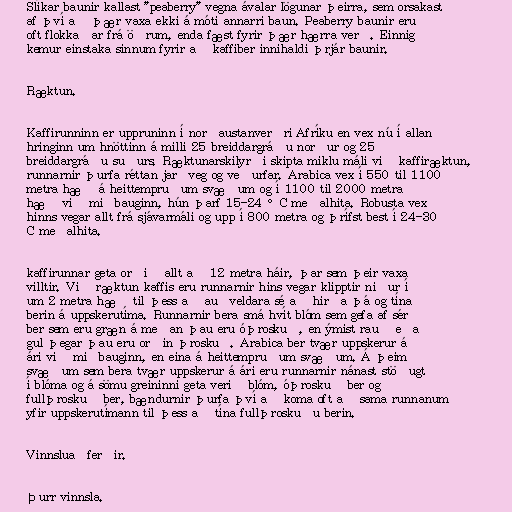
Slíkar baunir kallast "peaberry" vegna ávalar lögunar þeirra, sem orsakast
af því að þær vaxa ekki á móti annarri baun. Peaberry baunir eru
oft flokkaðar frá öðrum, enda fæst fyrir þær hærra verð. Einnig
kemur einstaka sinnum fyrir að kaffiber innihaldi þrjár baunir.

Ræktun.

Kaffirunninn er uppruninn í norðaustanverðri Afríku en vex nú í allan
hringinn um hnöttinn á milli 25 breiddargráðu norður og 25
breiddargráðu suðurs. Ræktunarskilyrði skipta miklu máli við kaffiræktun,
runnarnir þurfa réttan jarðveg og veðurfar. Arabica vex í 550 til 1100
metra hæð á heittempruðum svæðum og í 1100 til 2000 metra
hæð við miðbauginn, hún þarf 15-24 °C meðalhita. Robusta vex
hinns vegar allt frá sjávarmáli og upp í 800 metra og þrífst best í 24-30
C meðalhita.

kaffirunnar geta orðið allt að 12 metra háir, þar sem þeir vaxa
villtir. Við ræktun kaffis eru runnarnir hins vegar klipptir niður í
um 2 metra hæð til þess að auðveldara sé að hirða þá og tína
berin á uppskerutíma. Runnarnir bera smá hvít blóm sem gefa af sér
ber sem eru græn á meðan þau eru óþroskuð, en ýmist rauð eða
gul þegar þau eru orðin þroskuð. Arabica ber tvær uppskerur á
ári við miðbauginn, en eina á heittempruðum svæðum. Á þeim
svæðum sem bera tvær uppskerur á ári eru runnarnir nánast stöðugt
í blóma og á sömu greininni geta verið blóm, óþroskuð ber og
fullþroskuð ber, bændurnir þurfa því að koma oft að sama runnanum
yfir uppskerutímann til þess að tína fullþroskuðu berin.

Vinnsluaðferðir.

Þurr vinnsla.